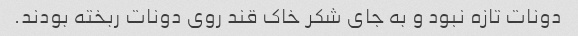
دونات تازه نبود و به جای شکر خاک قند روی دونات ربخته بودند.